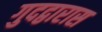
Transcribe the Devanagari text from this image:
गुदद्वारास